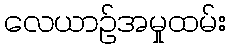
လေယာဉ်အမှုထမ်း